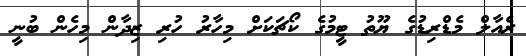
ރެއާލް މެޑްރިޑުގެ ޔޫތު ޓީމުގެ ކޯޗަކަށް މިހާރު ހުރި ޒިދާން މިހެން ބުނީ